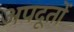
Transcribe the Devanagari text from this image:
अपदूतों